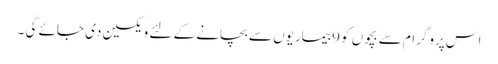
اس پروگرام سے بچوں کو 9 بیماریوں سے بچانے کے لئے ویکسین دی جائے گی ۔